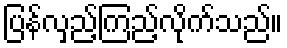
ပြန်လှည့်ကြည့်လိုက်သည်။